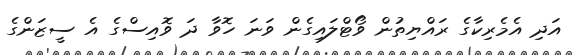
އަދި އެމެރިކާގެ ރައްޔިތުން ވޯޓްލައިގެން ވަނަ ހޮވާ ދަ ވޮއިސްގެ އެ ސީޒަންގެ